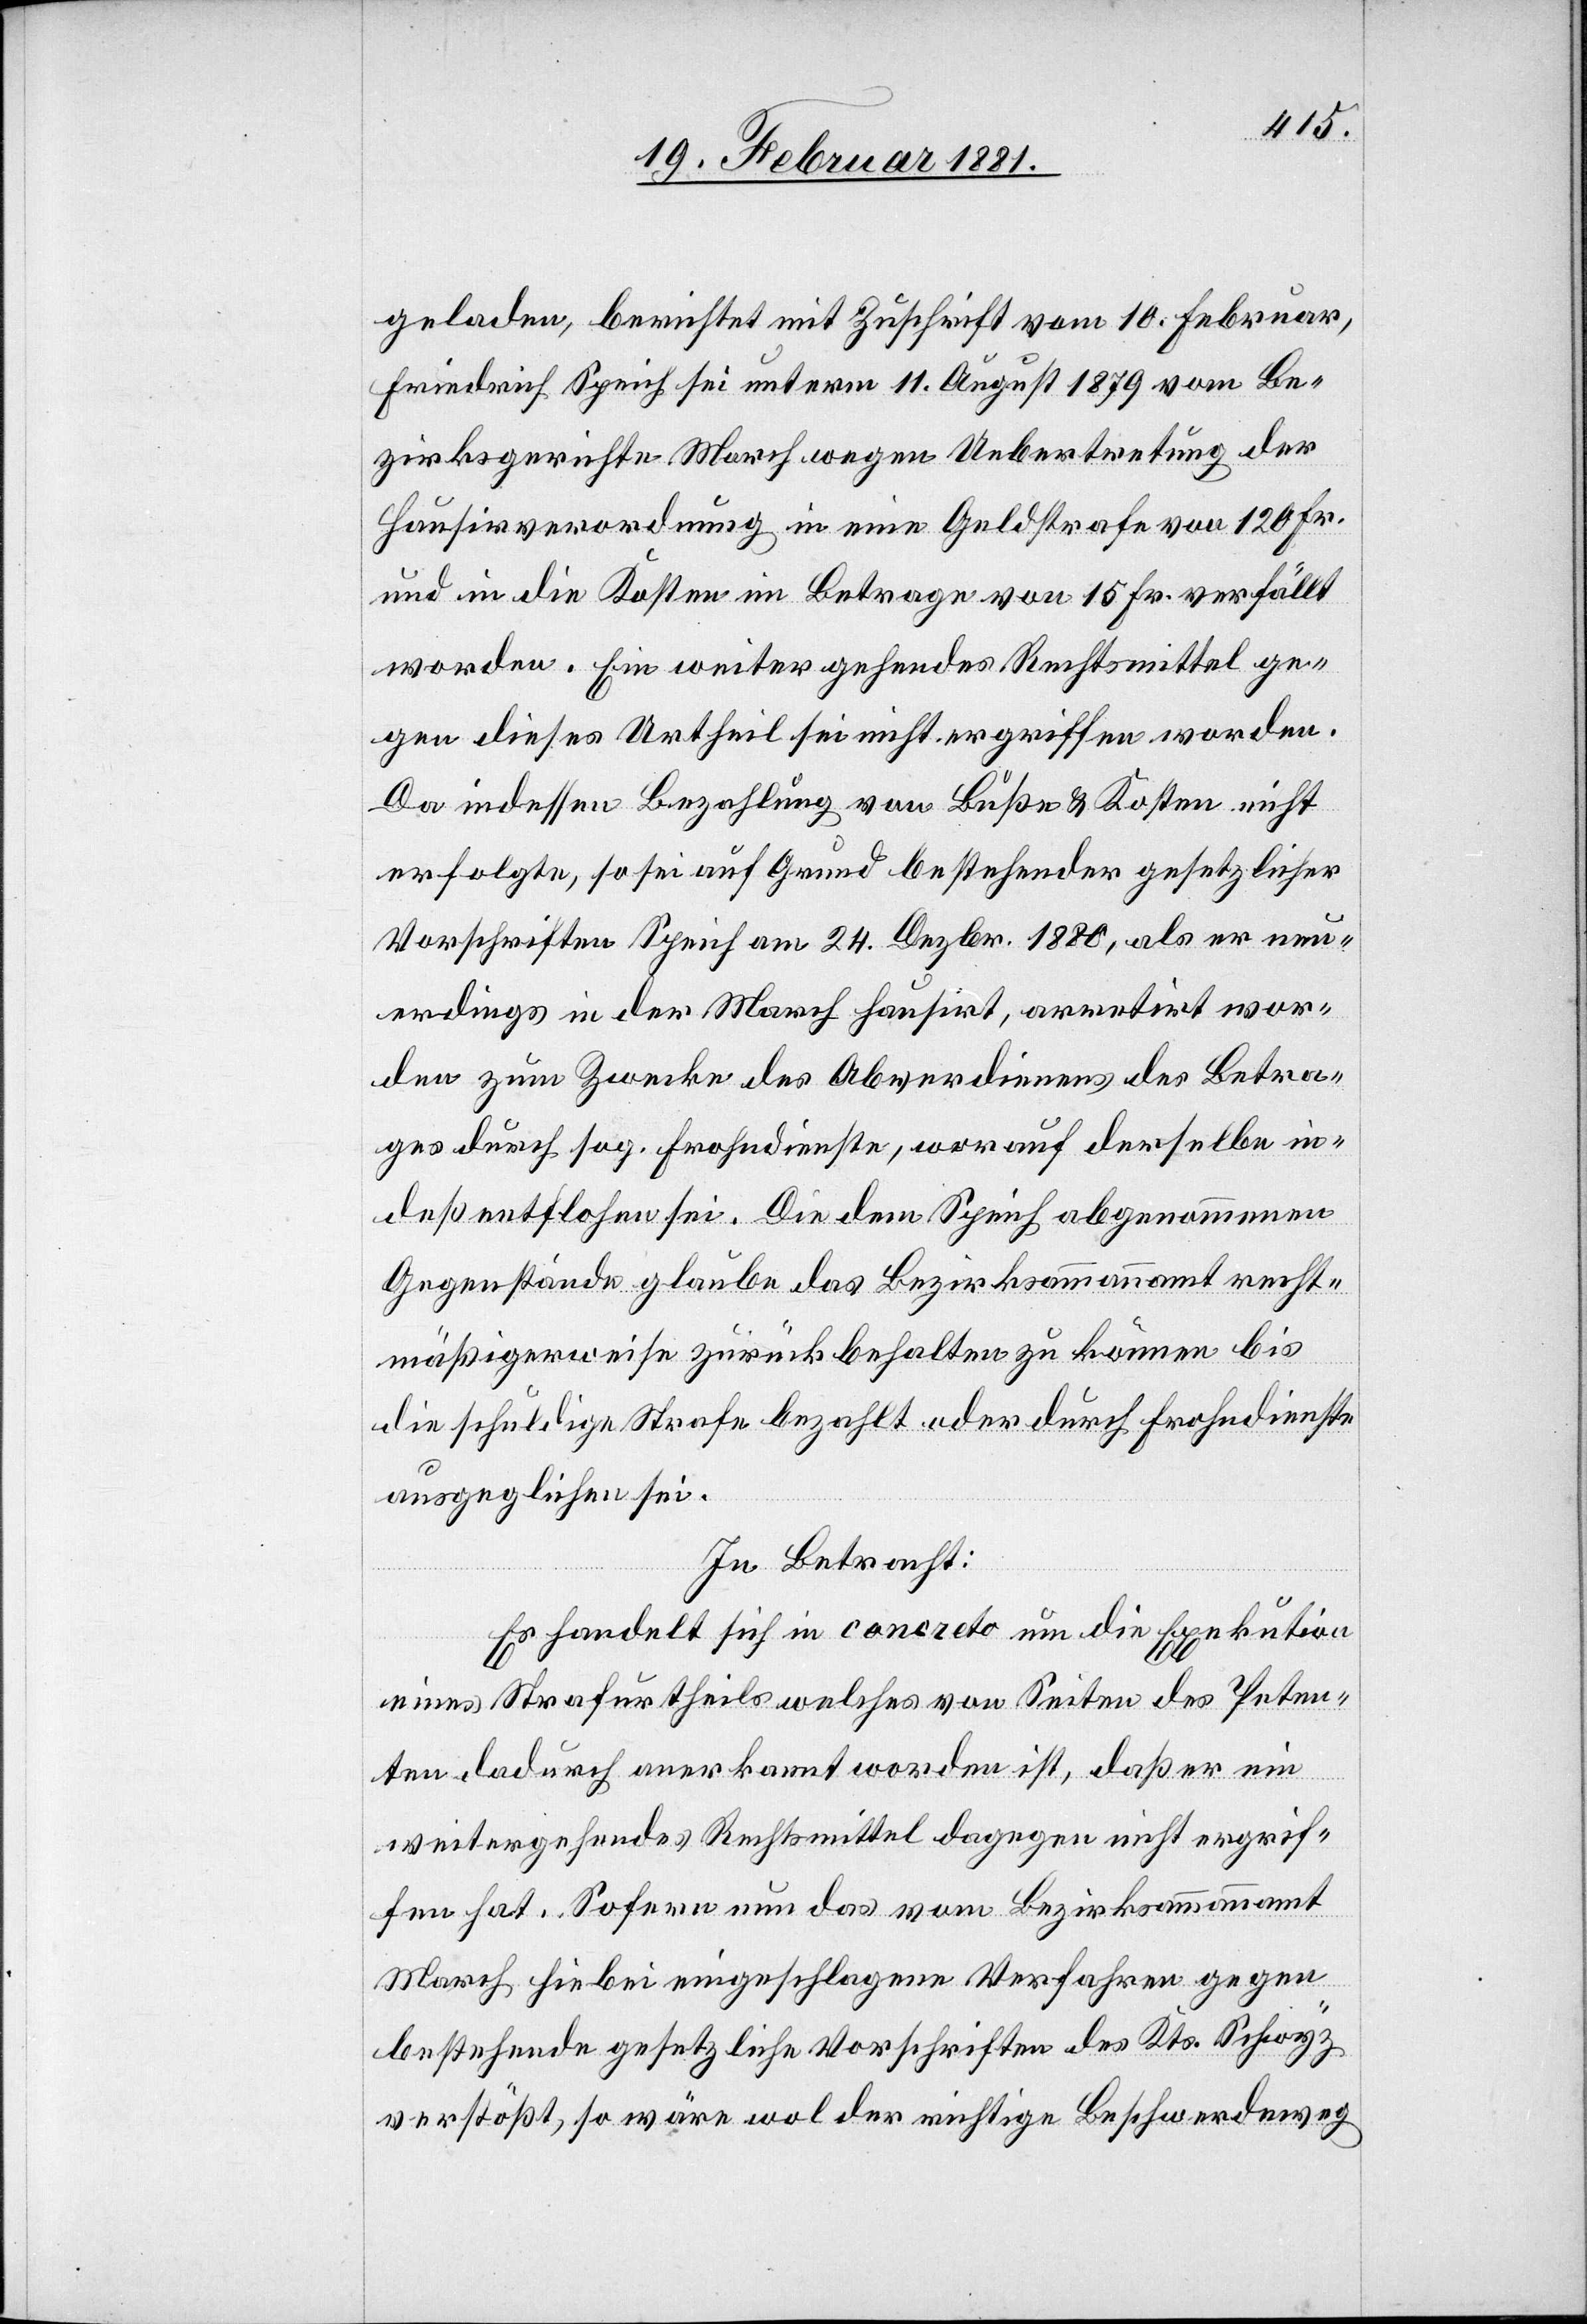
geladen, berichtet mit Zuschrift vom 10. Februar,
Friedrich Speich sei unterm 11. August 1879 vom Be¬
zirksgerichte March wegen Uebertretung der
Hausirverordnung in eine Geldstrafe von 120 Fr.
und in die Kosten im Betrage von 15 Fr. verfällt
worden. Ein weitergehendes Rechtsmittel ge¬
gen dieses Urtheil sei nicht ergriffen worden.
Da indessen Bezahlung von Buße & Kosten nicht
erfolgte, so sei auf Grund bestehender gesetzlicher
Vorschriften Speich am 24. Dezbr. 1880, als er neu¬
erdings in der March hausirt, arretirt wor¬
den zum Zwecke des Abverdienens des Betra¬
ges durch sog. Frohndienste, worauf derselbe in¬
deß entflohen sei. Die dem Speich abgenommenen
Gegenstände glaube das Bezirksammannamt rech¬
mäßigerweise zurückbehalten zu können bis
die schuldige Strafe bezahlt oder durch Frohndienste
ausgeglichen sei.
In Betracht:
Es handelt sich in concreto um die Exekution
eines Strafurtheiles welches von Seiten des Peten¬
ten dadurch anerkannt worden ist, daß er ein
weitergehendes Rechtsmittel dagegen nicht ergrif¬
fen hat. Sofern nun das vom Bezirksammannamt
March hiebei eingeschlagene Verfahren gegen
bestehende gesetzliche Vorschriften des Kts. Schwyz
verstößt, so wäre wol der richtige Beschwerdeweg